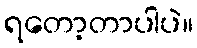
ရတော့တာပါပဲ။